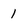
Character: 1